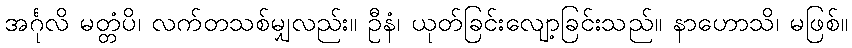
အင်္ဂုလိ မတ္တံပိ၊ လက်တသစ်မျှလည်း။ ဦနံ၊ ယုတ်ခြင်းလျော့ခြင်းသည်။ နာဟောသိ၊ မဖြစ်။